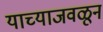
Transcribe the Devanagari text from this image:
याच्याजवळून